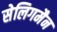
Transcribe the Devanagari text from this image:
सेलिगमैन